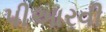
પીઆરવી